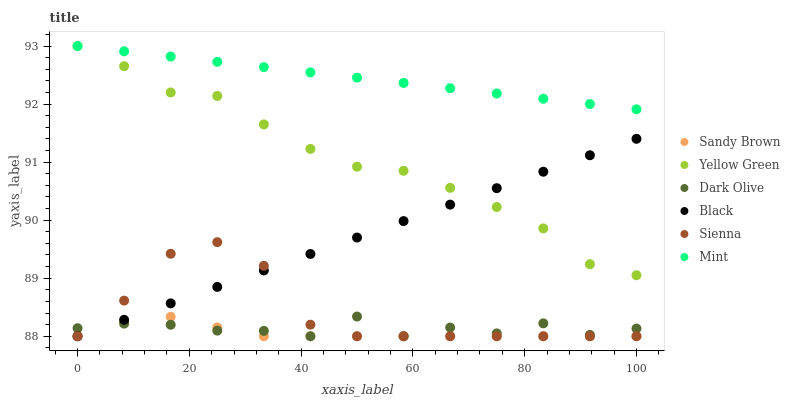
| xaxis_label | Sandy Brown | Yellow Green | Dark Olive | Black | Sienna | Mint |
 | --- | --- | --- | --- | --- | --- | --- |
 | 0 | 88 | 93 | 88.1 | 88 | 88 | 93 |
 | 8.33 | 88.2 | 92.7 | 88.2 | 88.3 | 88.6 | 92.9 |
 | 16.7 | 88.3 | 92.2 | 88.2 | 88.6 | 89.4 | 92.8 |
 | 25 | 88.2 | 92.1 | 88.1 | 88.9 | 89.6 | 92.7 |
 | 33.3 | 88 | 91.6 | 88.1 | 89.1 | 89.2 | 92.6 |
 | 41.7 | 88 | 91.2 | 88 | 89.4 | 88.2 | 92.5 |
 | 50 | 88 | 90.9 | 88.3 | 89.7 | 88 | 92.5 |
 | 58.3 | 88 | 90.9 | 88 | 90 | 88 | 92.4 |
 | 66.7 | 88 | 90.6 | 88.1 | 90.3 | 88 | 92.3 |
 | 75 | 88 | 90.2 | 88 | 90.6 | 88 | 92.2 |
 | 83.3 | 88 | 89.9 | 88.2 | 90.8 | 88 | 92.1 |
 | 91.7 | 88 | 89.2 | 88 | 91.1 | 88 | 92 |
 | 100 | 88 | 89.1 | 88.1 | 91.4 | 88 | 91.9 |